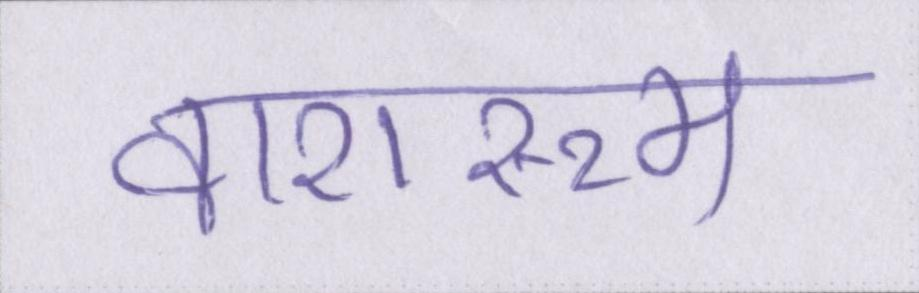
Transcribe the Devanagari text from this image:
वाशरूम